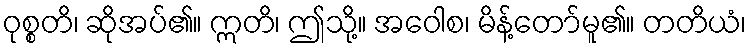
ဝုစ္စတိ၊ ဆိုအပ်၏။ ဣတိ၊ ဤသို့။ အဝေါစ၊ မိန့်တော်မူ၏။ တတိယံ၊